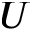
U